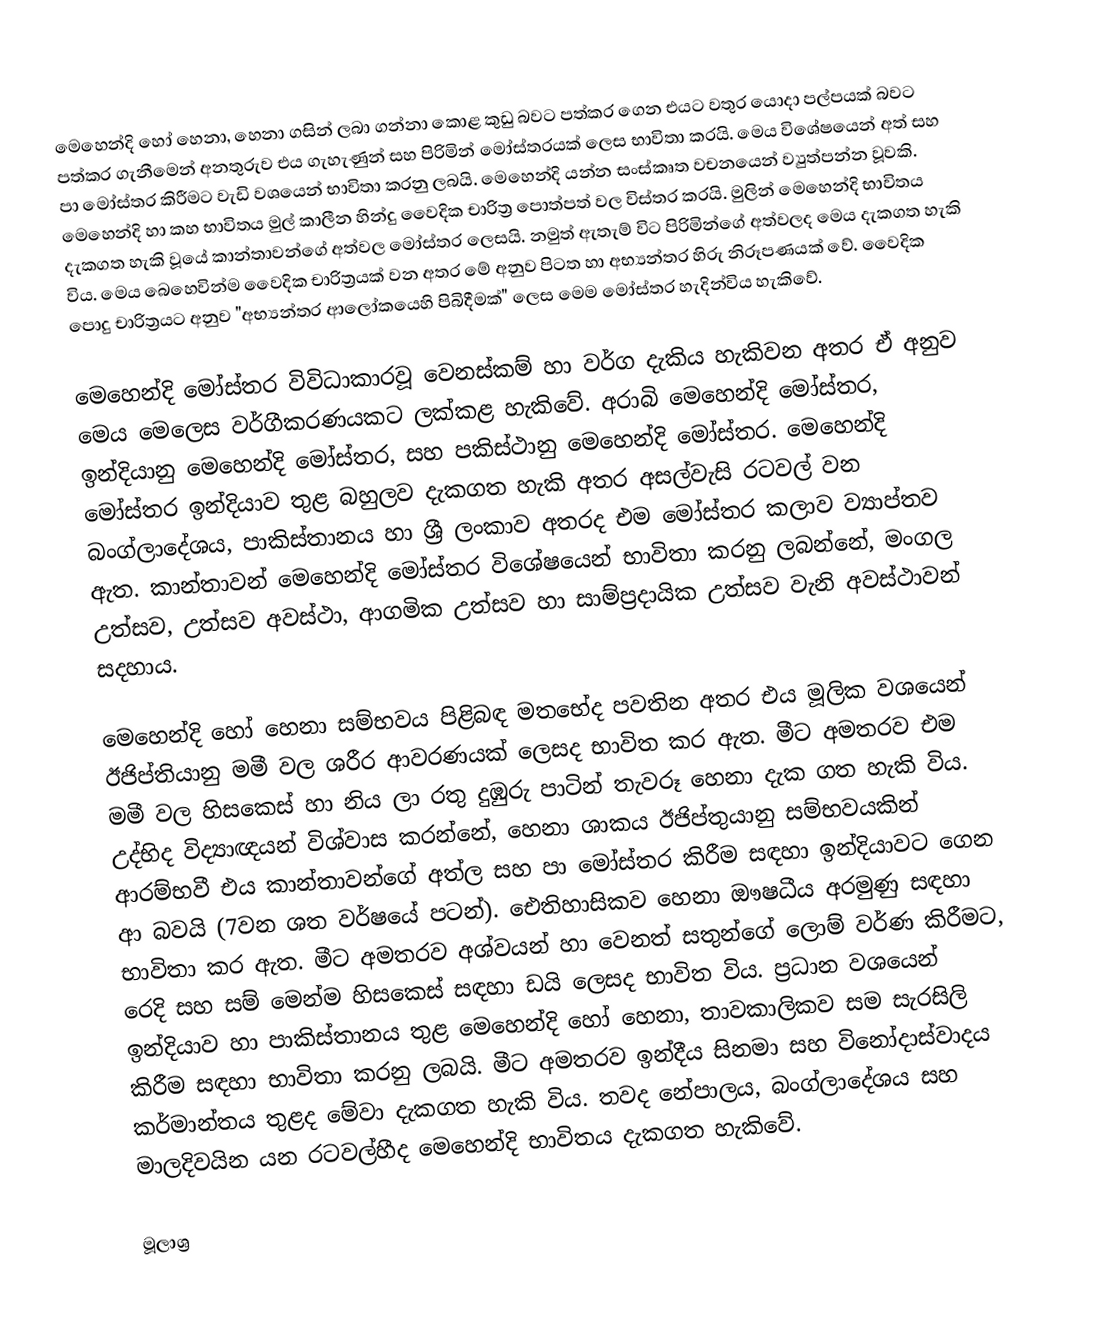
මෙහෙන්දි හෝ හෙනා, හෙනා ගසින් ලබා ගන්නා කොළ කුඩු බවට පත්කර ගෙන එයට වතුර යොදා පල්පයක් බවට පත්කර ගැනීමෙන් අනතුරුව එය ගැහැණුන් සහ පිරිමින් මෝස්තරයක් ලෙස භාවිතා කරයි. මෙය විශේෂයෙන් අත් සහ පා මෝස්තර කිරීමට වැඩි වශයෙන් භාවිතා කරනු ලබයි. මෙහෙන්දි යන්න සංස්කෘත වචනයෙන් ව්‍යුත්පන්න වූවකි. මෙහෙන්දි හා කහ භාවිතය මුල් කාලීන හින්දු වෛදික චාරිත්‍ර පොත්පත් වල විස්තර කරයි. මුලින් මෙහෙන්දි භාවිතය දැකගත හැකි වූයේ කාන්තාවන්ගේ අත්වල මෝස්තර ලෙසයි. නමුත් ඇතැම් විට පිරිමින්ගේ අත්වලද මෙය දැකගත හැකි විය. මෙය බෙහෙවින්ම වෛදික චාරිත්‍රයක් වන අතර මේ අනුව පිටත හා අභ්‍යන්තර හිරු නිරූපණයක් වේ. වෛදික පොදු චාරිත්‍රයට අනුව "අභ්‍යන්තර ආලෝකයෙහි පිබිදීමක්" ලෙස මෙම මෝස්තර හැදින්විය හැකිවේ.

මෙහෙන්දි මෝස්තර විවිධාකාරවූ වෙනස්කම් හා වර්ග දැකිය හැකිවන අතර ඒ අනුව මෙය මෙලෙස වර්ගීකරණයකට ලක්කළ හැකිවේ. අරාබි මෙහෙන්දි මෝස්තර, ඉන්දියානු මෙහෙන්දි මෝස්තර, සහ පකිස්ථානු මෙහෙන්දි මෝස්තර. මෙහෙන්දි මෝස්තර ඉන්දියාව තුළ බහුලව දැකගත හැකි අතර අසල්වැසි රටවල් වන බංග්ලාදේශය, පාකිස්තානය හා ශ්‍රී ලංකාව අතරද එම මෝස්තර කලාව ව්‍යාප්තව ඇත. කාන්තාවන් මෙහෙන්දි මෝස්තර විශේෂයෙන් භාවිතා කරනු ලබන්නේ, මංගල උත්සව, උත්සව අවස්ථා, ආගමික උත්සව හා සාම්ප්‍රදායික උත්සව වැනි අවස්ථාවන් සදහාය.

මෙහෙන්දි හෝ හෙනා සම්භවය පිළිබඳ මතභේද පවතින අතර එය මූලික වශයෙන් ඊජිප්තියානු මමී වල ශරීර ආවරණයක් ලෙසද භාවිත කර ඇත. මීට අමතරව එම මමී වල හිසකෙස් හා නිය ලා රතු දුඹුරු පාටින් තැවරූ හෙනා දැක ගත හැකි විය. උද්භිද විද්‍යාඥයන් විශ්වාස කරන්නේ, හෙනා ශාකය ඊජිප්තුයානු සම්භවයකින් ආරම්භවී එය කාන්තාවන්ගේ අත්ල සහ පා මෝස්තර කිරීම සඳහා ඉන්දියාවට ගෙන ආ බවයි (7වන ශත වර්ෂයේ පටන්). ඓතිහාසිකව හෙනා ඖෂධීය අරමුණු සඳහා භාවිතා කර ඇත. මීට අමතරව අශ්වයන් හා වෙනත් සතුන්ගේ ලොම් වර්ණ කිරීමට, රෙදි සහ සම් මෙන්ම හිසකෙස් සඳහා ඩයි ලෙසද භාවිත විය. ප්‍රධාන වශයෙන් ඉන්දියාව හා පාකිස්තානය තුළ මෙහෙන්දි හෝ හෙනා, තාවකාලිකව සම සැරසිලි කිරීම සඳහා භාවිතා කරනු ලබයි. මීට අමතරව ඉන්දීය සිනමා සහ විනෝදාස්වාදය කර්මාන්තය තුළද මේවා දැකගත හැකි විය. තවද නේපාලය, බංග්ලාදේශය සහ මාලදිවයින යන රටවල්හීද මෙහෙන්දි භාවිතය දැකගත හැකිවේ.

මූලාශ්‍ර